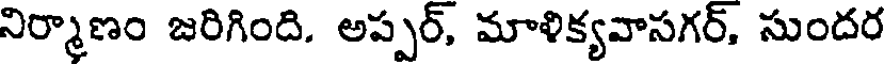
నిర్మాణం జరిగింది. అప్పర్, మాళిక్యవాసగర్, సుందర